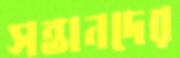
সন্তানদের